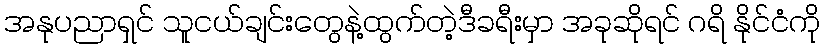
အနုပညာရှင် သူငယ်ချင်းတွေနဲ့ထွက်တဲ့ဒီခရီးမှာ အခုဆိုရင် ဂရိ နိုင်ငံကို